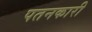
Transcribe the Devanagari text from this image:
पतनकारी